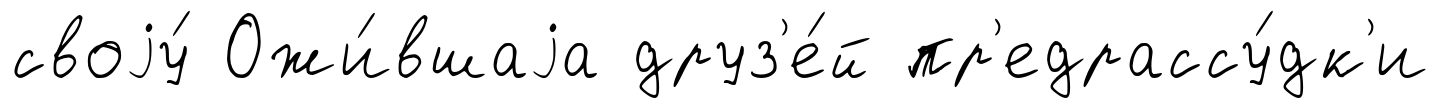
своjу́ Ожи́вшаjа друз'е́й пр'едрассу́дк'и